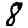
Digit: 8